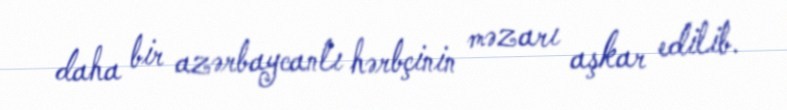
daha bir azərbaycanlı hərbçinin məzarı aşkar edilib.